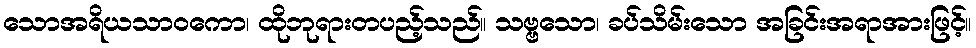
သောအရိယသာဝကော၊ ထိုဘုရားတပည့်သည်။ သဗ္ဗသော၊ ခပ်သိမ်းသော အခြင်းအရာအားဖြင့်။